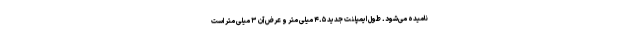
نامیده می‌شود. طول ایمپلنت جدید ۴.۵ میلی متر و عرض آن ۳ میلی متر است